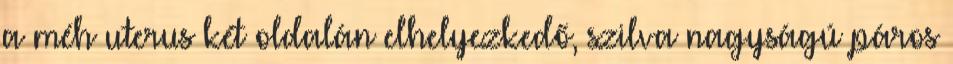
a méh uterus két oldalán elhelyezkedő, szilva nagyságú páros